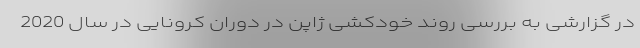
در گزارشی به بررسی روند خودکشی ژاپن در دوران کرونایی در سال 2020